system: You are a helpful assistant.
user:
Analyze the provided spectrum to determine if it is a **S-type Star**.

- **Key Indicators for S-type Star:**

    - **(Overall Spectrum Shape):** The first and most obvious characteristic is the overall continuum (the "baseline" shape). It is **extremely "red-sloping,"** meaning the flux (light intensity) is very low on the left side (blue, ~4000-4500 Å) and rises steeply and continuously toward the right side (red, ~7000 Å+).

    - **(Primary):** The spectrum is defined by the presence of strong, broad molecular absorption "valleys" (bands) from **Zirconium Oxide (ZrO)**. The identification of these bands is the **primary requirement** for classifying a star as S-type.
        - **(Key Bandheads):** You must find distinct, deep "dips" where the light has been absorbed. The most critical band systems to locate are:
            - **~6474 Å** ($\gamma$-system): This is often the strongest and clearest ZrO feature, found in the red part of the spectrum.
            - **~5718 Å** & **~5551 Å** ($\beta$-system): A pair of prominent absorption features in the yellow-orange part of the spectrum.
            - **~4640 Å** ($\alpha$-system): A key absorption band system in the blue-green region of the spectrum.

    - **(Secondary Confirmation):** The classification is strengthened by finding additional absorption bands from other related heavy element oxides, which are expected to be present alongside ZrO.
        - **(Key Bandheads):**
            - **Yttrium Oxide (YO):** Look for absorption dips near **~4800 Å** and **~6100 Å**.
            - **Lanthanum Oxide (LaO):** Additional absorption features, particularly in the red-orange part of the spectrum, are also characteristic.

    - **(Line Profile):** The combination of the steep red continuum and these numerous, deep molecular bands (ZrO, YO, etc.) gives the entire spectrum a very **"chopped-up"** or **"bumpy"** appearance. Instead of a smooth curve, the spectrum looks as though large, wide chunks of light have been "carved out" of it at the specific wavelengths listed above.

Think first, call **spectral_visualization_tool** if needed to examine features in detail, then provide your final answer. Your response must adhere to the following strict rules:
1.  **Overall Structure:** Your response must follow the format `<think>...</think> <tool_call>...</tool_call> (if a tool is used) <answer>...</answer>`.
2.  **Tool Usage Constraint:** You may only make **one** tool call per turn.
3.  **Final Answer Format:** In the `<answer>` tag, your conclusion must be inside a `\boxed{}` command (e.g., `\boxed{YES}` or `\boxed{NO}`), followed by your justification.

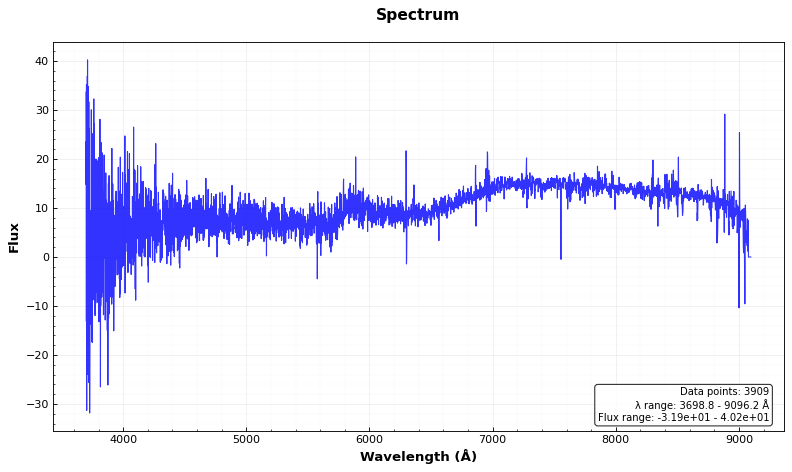
Answer: NO